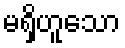
မရှိဟူသော